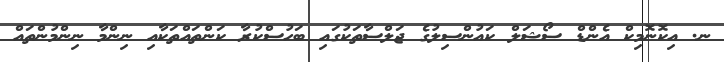
ނ. އިކޮނޮމިކް އެންޑް ސޯޝަލް ކައުންސިލުގެ ޖަލްސާތަކުގައި ބަހުސްކުރާ ކަންތައްތަކާއި ނިންމާ ނިންމުންތައް